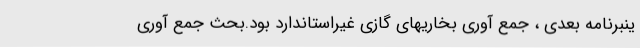
ینبرنامه بعدی ، جمع آوری بخاریهای گازی غیراستاندارد بود.بحث جمع آوری